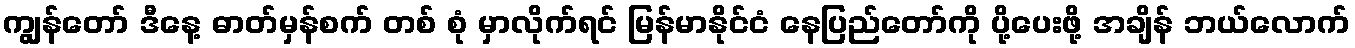
ကျွန်တော် ဒီနေ့ ဓာတ်မှန်စက် တစ် စုံ မှာလိုက်ရင် မြန်မာနိုင်ငံ နေပြည်တော်ကို ပို့ပေးဖို့ အချိန် ဘယ်လောက်